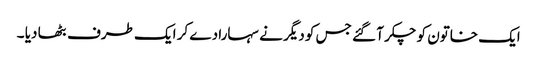
ایک خاتون کو چکر آ گئے جس کو دیگر نے سہارا دے کر ایک طرف بٹھا دیا ۔